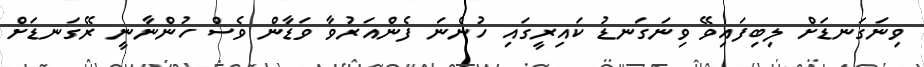
ވިނަގަނޑަށް ލިބިފައިވޭ ވިނަގަނޑު ކައިރީގައި ހުންނަ ފެންއަރުވާ ވަޑާން ވެސް ހުންނާނީ ރޭގަނޑަށް